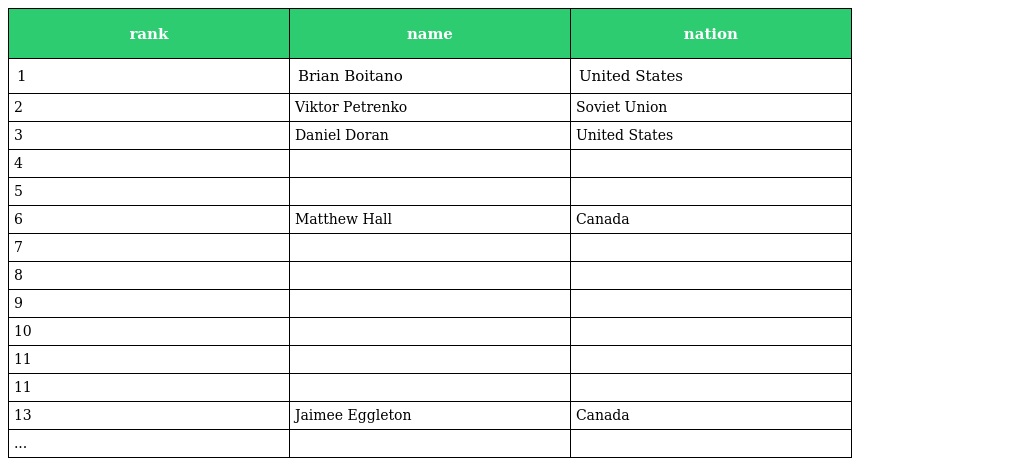
| rank | name | nation |
 | --- | --- | --- |
 | 1 | Brian Boitano | United States |
 | 2 | Viktor Petrenko | Soviet Union |
 | 3 | Daniel Doran | United States |
 | 4 |  |  |
 | 5 |  |  |
 | 6 | Matthew Hall | Canada |
 | 7 |  |  |
 | 8 |  |  |
 | 9 |  |  |
 | 10 |  |  |
 | 11 |  |  |
 | 11 |  |  |
 | 13 | Jaimee Eggleton | Canada |
 | ... |  |  |